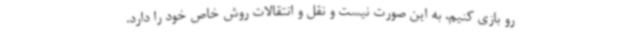
رو بازی کنیم، به این صورت نیست و نقل و انتقالات روش خاص خود را دارد.